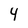
Character: 4